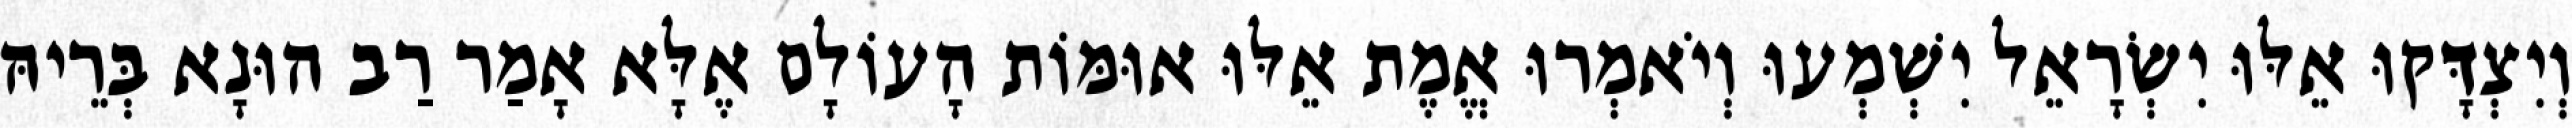
וְיִצְדָּקוּ אֵלּוּ יִשְׂרָאֵל יִשְׁמְעוּ וְיֹאמְרוּ אֱמֶת אֵלּוּ אוּמּוֹת הָעוֹלָם אֶלָּא אָמַר רַב הוּנָא בְּרֵיהּ